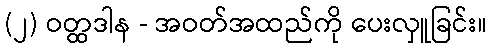
(၂) ဝတ္ထဒါန - အဝတ်အထည်ကို ပေးလှူခြင်း။